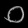
Digit: ၀